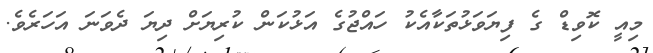
މިއީ ކޮވިޑް ގެ ފިޔަވަޅުތަކާއެކު ހައްޖުގެ އަޅުކަން ކުރިޔަށް ދިޔަ ދެވަނަ އަހަރެވެ.